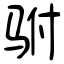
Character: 驸